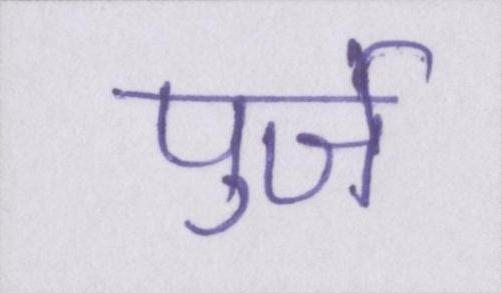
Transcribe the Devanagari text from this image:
पुर्जे